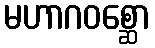
မဟာဂဝစ္ဆော